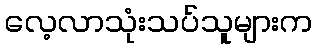
လေ့လာသုံးသပ်သူများက